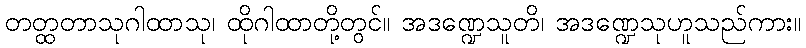
တတ္ထတာသုဂါထာသု၊ ထိုဂါထာတို့တွင်။ အဒဏ္ဍေသူတိ၊ အဒဏ္ဍေသုဟူသည်ကား။